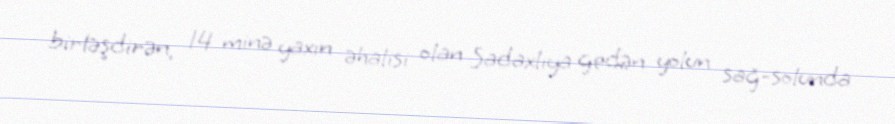
birləşdirən, 14 minə yaxın əhalisi olan Sadaxlıya gedən yolun sağ-solunda